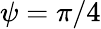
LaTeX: \psi=\pi/4